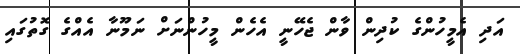
އަދި އެމީހުންގެ ކުދިން ވާން ޖެހޭނީ އެހެން މީހުންނަށް ނަމޫނާ އެއްގެ ގޮތުގައި